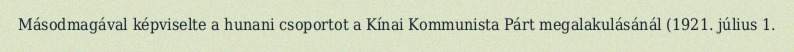
Másodmagával képviselte a hunani csoportot a Kínai Kommunista Párt megalakulásánál (1921. július 1.